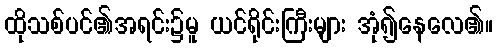
ထိုသစ်ပင်၏အရင်း၌မူ ယင်ရိုင်းကြီးများ အုံ၍နေလေ၏။